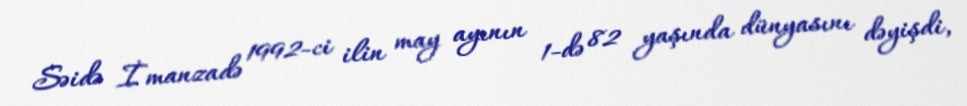
Səidə İmanzadə 1992-ci ilin may ayının 1-də 82 yaşında dünyasını dəyişdi,